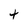
Character: t